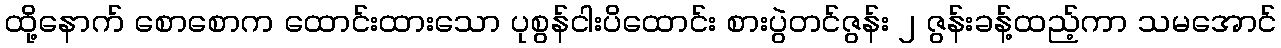
ထို့နောက် စောစောက ထောင်းထားသော ပုစွန်ငါးပိထောင်း စားပွဲတင်ဇွန်း ၂ ဇွန်းခန့်ထည့်ကာ သမအောင်